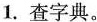
1. 查字典。